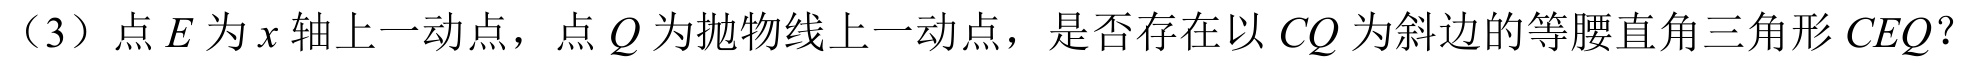
（3）点\(E\)为\(x\)轴上一动点，点\(Q\)为抛物线上一动点，是否存在以\(CQ\)为斜边的等腰直角三角形\(CEQ\)？